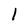
Character: 1